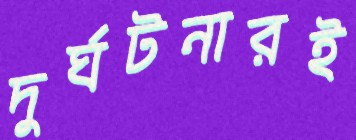
দুর্ঘটনারই